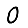
Digit: 0